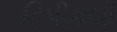
ટિપીકલી